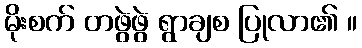
မိုးစက် တဖွဲဖွဲ ရွာချစ ပြုလာ၏ ။